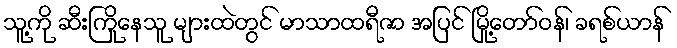
သူ့ကို ဆီးကြိုနေသူ များထဲတွင် မာသာထရီဇာ အပြင် မြို့တော်ဝန်၊ ခရစ်ယာန်